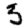
Digit: 3